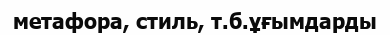
метафора, стиль, т.б.ұғымдарды